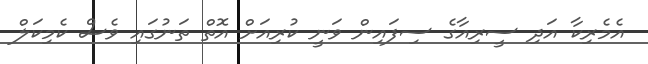
އެމެރިކާ އަދި ސީރިއާގެ ސިފައިން ވަނީ ކުރިއަށް އޮތް ތަނުގައި ވެސް ކެމިކަލް